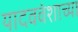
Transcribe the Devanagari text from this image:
यादववंशाच्या